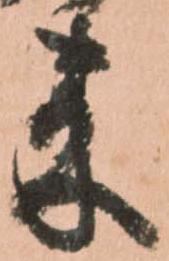
来